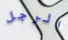
الرجل